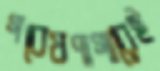
গবেষণাগারেই